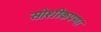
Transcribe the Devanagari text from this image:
सोशीकपणा